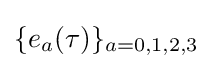
\{e_{a}(\tau )\}_{a=0,1,2,3}